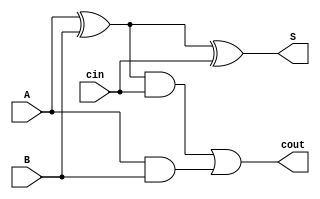
`timescale 1ns/10ps
module one_bit_fulladder( S, 
                          cout, 
                          A, 
                          B, 
                          cin   ) ;

	output S, cout ;
	input A, B, cin ;

	wire y1, y2, y3 ;

	xor ( S, y1, cin ) ;
	or	( cout, y2, y3 ) ;
	xor	( y1, A, B ) ;
	and ( y2, y1, cin ) ;
	and ( y3, A, B ) ;

//Note : primary gates doesn't need instance name when called

endmodule